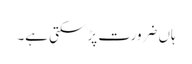
ہاں ضرورت پڑ سکتی ہے۔